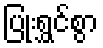
ပြုံးရွှင်စွာ